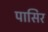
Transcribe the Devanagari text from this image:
पासिर